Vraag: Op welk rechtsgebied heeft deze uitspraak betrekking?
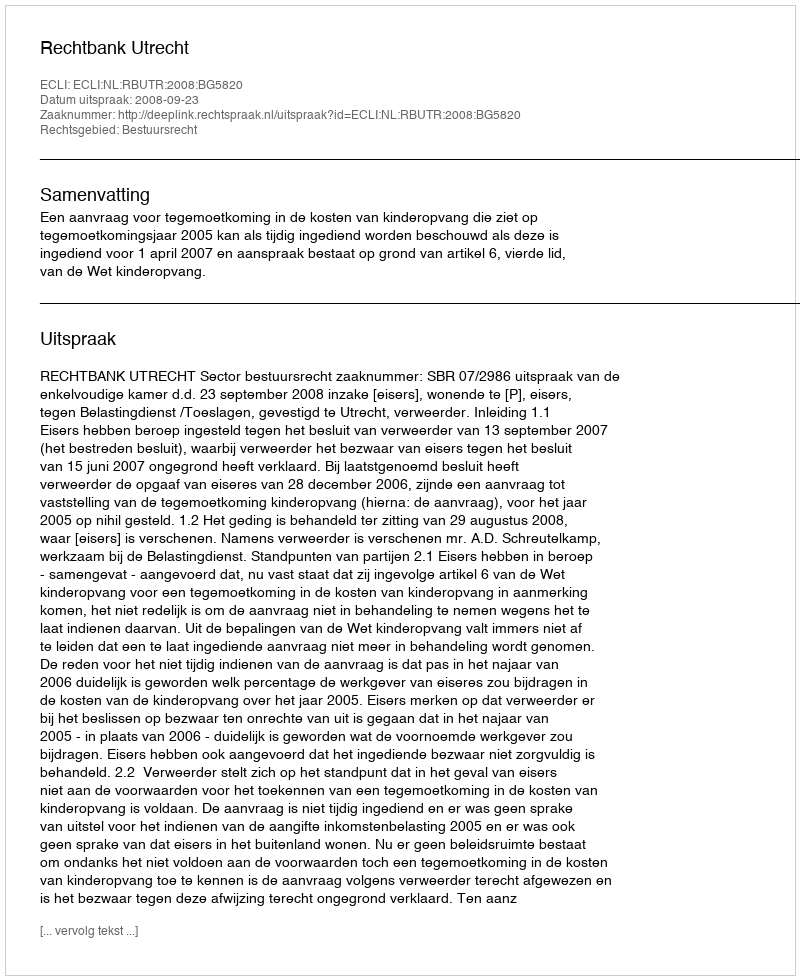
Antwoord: Bestuursrecht